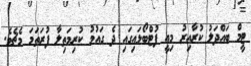
ޓީމް ބައްދަލު ކުރާއިރު މިއީ ފުޓްބޯޅައިގައި ދެ ގައުމު ކުރިމަތިލާ ފުރަތަމަ މެޗެވެ.